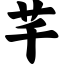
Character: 芊